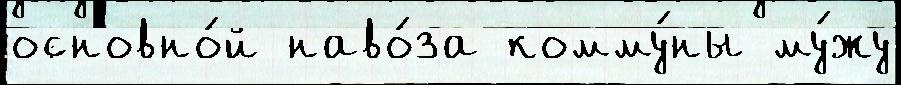
основно́й наво́за комму́ны му́жу